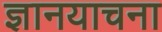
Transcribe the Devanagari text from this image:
ज्ञानयाचना